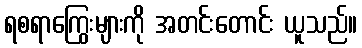
ရစရာကြွေးများကို အတင်းတောင်း ယူသည်။